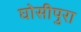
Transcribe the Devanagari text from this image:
घोसीपुरा